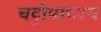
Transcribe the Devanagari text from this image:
चट्टोपाध्यय